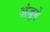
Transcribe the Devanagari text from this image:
अंजूने